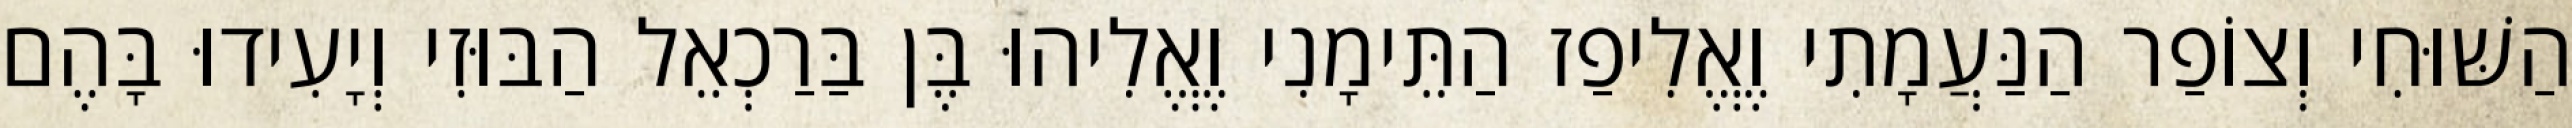
הַשּׁוּחִי וְצוֹפַר הַנַּעֲמָתִי וֶאֱלִיפַז הַתֵּימָנִי וֶאֱלִיהוּ בֶּן בַּרַכְאֵל הַבּוּזִי וְיָעִידוּ בָּהֶם